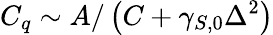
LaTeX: C_{q}\sim A/\left(C+\gamma_{S,0}\Delta^{2}\right)